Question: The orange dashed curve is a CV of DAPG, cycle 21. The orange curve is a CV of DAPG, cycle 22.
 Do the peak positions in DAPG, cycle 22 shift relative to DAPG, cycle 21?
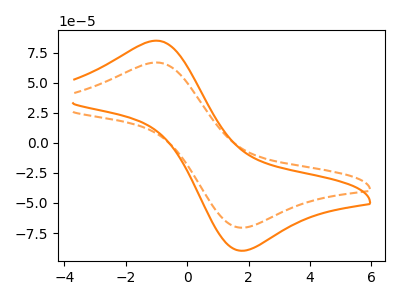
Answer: <think>The orange dashed curve "DAPG, cycle 21" has an anodic peak at (-1.05V, 66.80uA) and a cathodic peak at (1.85V, -70.50uA). The orange curve "DAPG, cycle 22" has an anodic peak at (-1.05V, 84.95uA) and a cathodic peak at (1.85V, -89.65uA).
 All the peaks in "DAPG, cycle 22" have a peak in "DAPG, cycle 21" at the same potential. Every peak in "DAPG, cycle 22" is higher than every peak in "DAPG, cycle 21".</think>
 <answer>No, "DAPG, cycle 22" and "DAPG, cycle 21" don't appear to be significantly different in shape</answer>
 <eval>no_change</eval>